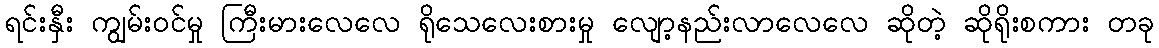
ရင်းနှီး ကျွမ်းဝင်မှု ကြီးမားလေလေ ရိုသေလေးစားမှု လျော့နည်းလာလေလေ ဆိုတဲ့ ဆိုရိုးစကား တခု